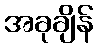
အခုချိန်